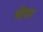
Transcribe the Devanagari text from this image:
भीथर